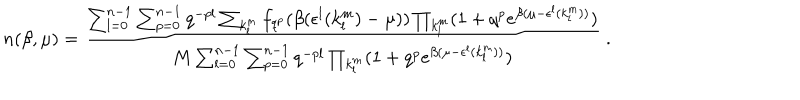
n ( \beta , \mu ) = \frac { \sum _ { l = 0 } ^ { n - 1 } \sum _ { p = 0 } ^ { n - 1 } q ^ { - p l } \sum _ { k _ { l } ^ { m } } f _ { q ^ { p } } ( \beta ( \epsilon ^ { l } ( k _ { l } ^ { m } ) - \mu ) ) \prod _ { k _ { l } ^ { m } } ( 1 + q ^ { p } e ^ { \beta ( \mu - \epsilon ^ { l } ( k _ { l } ^ { m } ) ) } ) } { M \sum _ { l = 0 } ^ { n - 1 } \sum _ { p = 0 } ^ { n - 1 } q ^ { - p l } \prod _ { k _ { l } ^ { m } } ( 1 + q ^ { p } e ^ { \beta ( \mu - \epsilon ^ { l } ( k _ { l } ^ { m } ) ) } ) } \ .